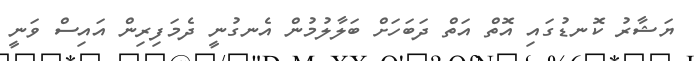
ޔަޝާރު ކޮނޑުގައި އޮތް އަތް ދަބަހަށް ބަލާލުމުން އެނގުނީ ދެމަފިރިން އައިސް ވަނީ